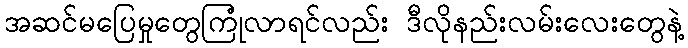
အဆင်မပြေမှုတွေကြုံလာရင်လည်း ဒီလိုနည်းလမ်းလေးတွေနဲ့